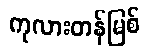
ကုလားတန်မြစ်